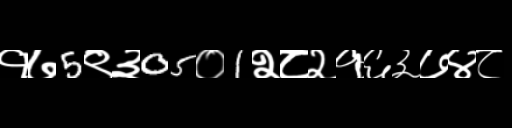
Text: १७5९३05०1२८२१६३७४८